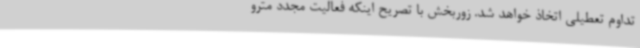
تداوم تعطیلی اتخاذ خواهد شد. زوربخش با تصریح اینکه فعالیت مجدد مترو